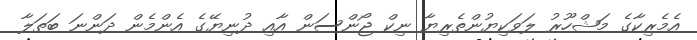
އެމެރިކާގެ މަޝްހޫރު ލަވަކިޔުންތެރިޔާ ނިކް ޖޯންސަން އާއި ދުނިޔޭގެ އެންމެން ދަންނަ ބަތަލާ